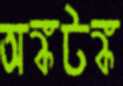
অঙ্কটঙ্ক